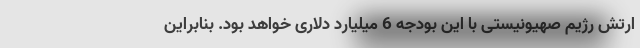
ارتش رژیم صهیونیستی با این بودجه 6 میلیارد دلاری خواهد بود. بنابراین